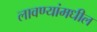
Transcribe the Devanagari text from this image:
लावण्यांमधील